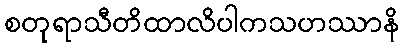
စတုရာသီတိထာလိပါကသဟဿာနိ